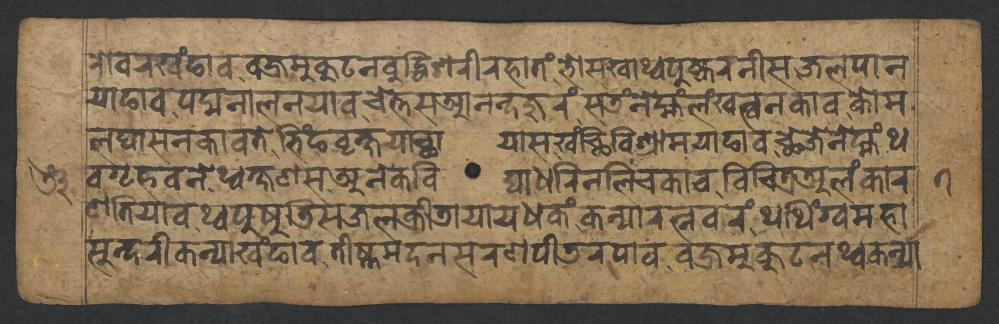
𑐬𑑀𑐰𑐬𑐏𑑄𑐒𑐵𑐰𑐰𑐖𑑂𑐬𑐩𑐸𑐎𑐸𑐚𑐣𑐧𑐸𑐡𑑂𑐢𑐶𑐱𑐬𑐷𑐬𑐴𑐵𑐟𑑄𑐨𑑀𑐳𑐏𑐵𑐠𑑂𑐰𑐥𑐸𑐲𑑂𑐎𑐬𑐣𑐷𑐳𑐖𑐮𑐥𑐵𑐣 𑐫𑐵𑐒𑐵𑐰𑐥𑐡𑑂𑐩𑐣𑐵𑐮𑐣𑐫𑐵𑐰𑐔𑐾𑐟𑑂𑐟𑐳𑐁𑐣𑐣𑑂𑐡𑐖𑐸𑐬𑑄𑐳𑐜𑑄𑐣𑐾𑐩𑑂𑐴𑑄𑐮𑑄𑐏𑐟𑑂𑐰𑐣𑐎𑐵𑐰𑐎𑑀𑐩 𑐰𑐐𑐺𑐴𑐰𑐣𑐾𑐠𑑂𑐰𑐎𑑂𑐲𑐞𑐳𑐀𑐣𑐾𑐎𑐰𑐶𑐡𑑂𑐫𑐵𑐢𑐬𑐶𑐣𑐮𑐶𑐔𑐎𑐵𑐰𑐰𑐶𑐔𑐶𑐟𑑂𑐬𑐀𑐮𑑄𑐎𑐵𑐬 𑐮𑐑𑐵𑐳𑐣𑐎𑐵𑐰𑐟𑐾𑐨𑐶𑑄𑐒𑐰𑐺𑐎𑑂𑐲𑐫𑐵𑐕𑐵𑐫𑐵𑐳𑐏𑑄𑐕𑐶𑐰𑐶𑐱𑑂𑐬𑐵𑐩𑐫𑐵𑐒𑐵𑐰𑐕𑐾𑐖𑐾𑐣𑐾𑐩𑑂𑐴𑑄𑐠 𑐳𑐸𑐣𑑂𑐡𑐬𑐷𑐎𑐣𑑂𑐫𑐵𑐏𑑄𑐒𑐵𑐰𑐟𑐷𑐲𑑂𑐞𑐩𑐡𑐣𑐳𑐬𑐞𑐥𑐷𑐜𑐬𑐥𑐵𑐰𑐰𑐖𑑂𑐬𑐩𑐸𑐎𑐸𑐚𑐣𑐠𑑂𑐰𑐎𑐣𑑂𑐫𑐵 𑐞𑐟𑐶𑐫𑐵𑐰𑐠𑑂𑐰𑐥𑐸𑐲𑐸𑐜𑐶𑐳𑐖𑐮𑐎𑑂𑐬𑐷𑐜𑐵𑐫𑐵𑐫𑐢𑐎𑑄𑐎𑐣𑑂𑐫𑐵𑐬𑐟𑑂𑐣𑐰𑐬𑑄𑐠𑐠𑐶𑑄𑐐𑑂𑐰𑐩𑐴𑐵